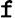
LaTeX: \mathtt{f}